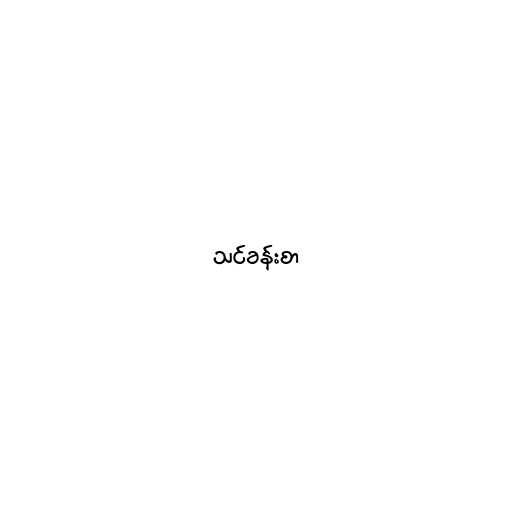
သင်ခန်းစာ